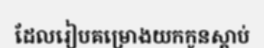
ដែលរៀបគម្រោងយកកូនស្តាប់